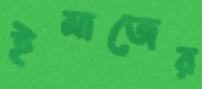
ইমাজের